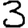
Digit: 3